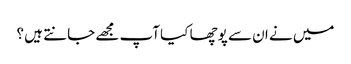
میں نے ان سے پوچھا کیا آپ مجھے جانتے ہیں ؟